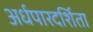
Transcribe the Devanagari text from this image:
अर्धपारदर्शिता